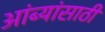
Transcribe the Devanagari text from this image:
आंब्यांसाठी